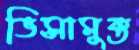
ভিসামুক্ত